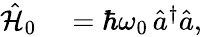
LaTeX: \begin{array}{rl}{\hat{\mathcal{H}}_{0}}&{{}=\hbar\omega_{0}\, \hat{a}^{\dagger}\hat{a},}\end{array}